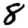
Digit: 8